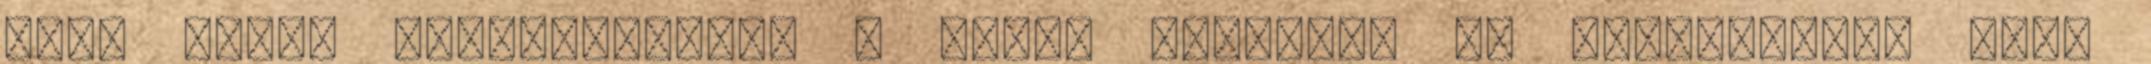
OPPT azzal szembesítette a világ bankjait és kormányait, hogy